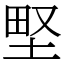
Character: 𡌛